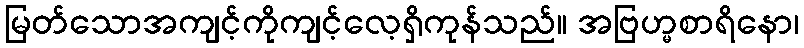
မြတ်သောအကျင့်ကိုကျင့်လေ့ရှိကုန်သည်။ အဗြဟ္မစာရိနော၊